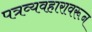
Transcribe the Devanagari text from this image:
पत्रव्यवहारावरून